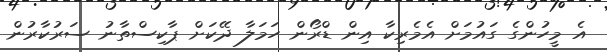
އެ މީހުންގެ ގައުމަށް އެމެރިކާ އިން ޑްރޯން ހަމަލާ ދޭކަށް ޕާކިސްތާނު ސަރުކާރުން